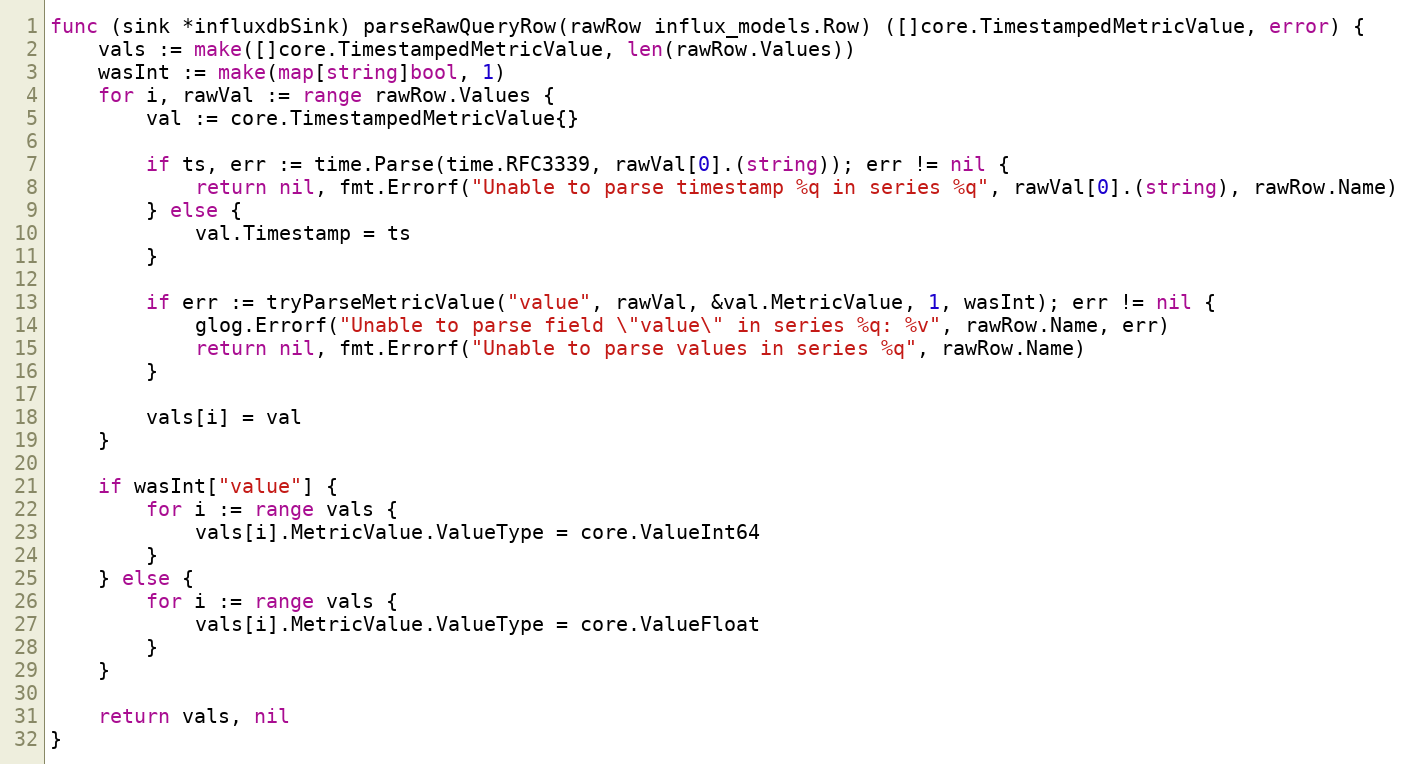
Language: Go
func (sink *influxdbSink) parseRawQueryRow(rawRow influx_models.Row) ([]core.TimestampedMetricValue, error) {
	vals := make([]core.TimestampedMetricValue, len(rawRow.Values))
	wasInt := make(map[string]bool, 1)
	for i, rawVal := range rawRow.Values {
		val := core.TimestampedMetricValue{}

		if ts, err := time.Parse(time.RFC3339, rawVal[0].(string)); err != nil {
			return nil, fmt.Errorf("Unable to parse timestamp %q in series %q", rawVal[0].(string), rawRow.Name)
		} else {
			val.Timestamp = ts
		}

		if err := tryParseMetricValue("value", rawVal, &val.MetricValue, 1, wasInt); err != nil {
			glog.Errorf("Unable to parse field \"value\" in series %q: %v", rawRow.Name, err)
			return nil, fmt.Errorf("Unable to parse values in series %q", rawRow.Name)
		}

		vals[i] = val
	}

	if wasInt["value"] {
		for i := range vals {
			vals[i].MetricValue.ValueType = core.ValueInt64
		}
	} else {
		for i := range vals {
			vals[i].MetricValue.ValueType = core.ValueFloat
		}
	}

	return vals, nil
}